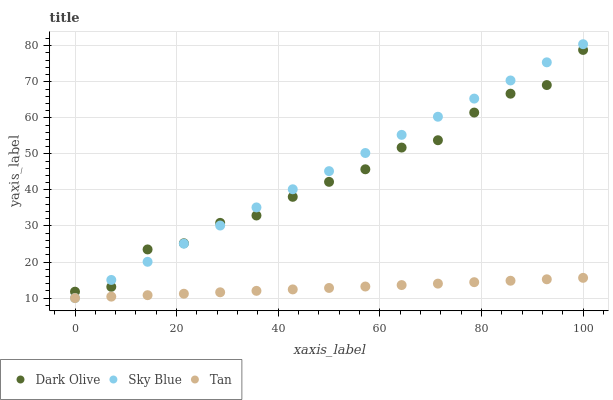
| xaxis_label | Dark Olive | Sky Blue | Tan |
 | --- | --- | --- | --- |
 | 0 | 11.8 | 10 | 10 |
 | 7.14 | 13.1 | 15 | 10.4 |
 | 14.3 | 23.5 | 20.1 | 10.8 |
 | 21.4 | 25.2 | 25.1 | 11.2 |
 | 28.6 | 30.9 | 30.1 | 11.6 |
 | 35.7 | 32.9 | 35.2 | 12 |
 | 42.9 | 38.1 | 40.2 | 12.4 |
 | 50 | 42.2 | 45.2 | 12.8 |
 | 57.1 | 45.7 | 50.2 | 13.2 |
 | 64.3 | 51.8 | 55.3 | 13.6 |
 | 71.4 | 53.8 | 60.3 | 14 |
 | 78.6 | 61.5 | 65.3 | 14.4 |
 | 85.7 | 66.7 | 70.4 | 14.8 |
 | 92.9 | 69.1 | 75.4 | 15.2 |
 | 100 | 78.8 | 80.4 | 15.6 |